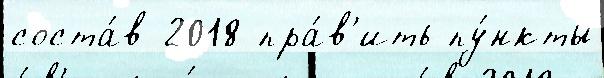
соста́в 2018 пра́в'ить пу́нкты